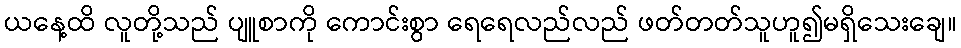
ယနေ့ထိ လူတို့သည် ပျူစာကို ကောင်းစွာ ရေရေလည်လည် ဖတ်တတ်သူဟူ၍မရှိသေးချေ။